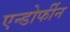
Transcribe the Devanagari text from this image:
एन्डोर्फीन